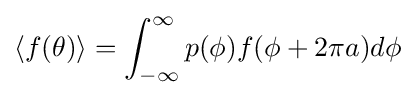
\langle f(\theta )\rangle =\int _{-\infty }^{\infty }p(\phi )f(\phi +2\pi a)d\phi